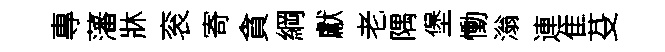
專藩牀衮寄貪綱獻老隅堡慟滃連隹芟